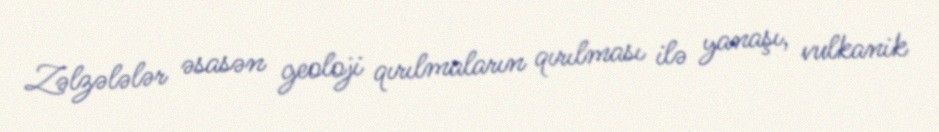
Zəlzələlər əsasən geoloji qırılmaların qırılması ilə yanaşı, vulkanik